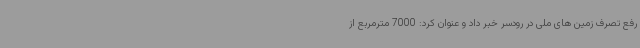
رفع تصرف زمین های ملی در رودسر خبر داد و عنوان کرد: 7000 مترمربع از